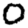
Digit: 0